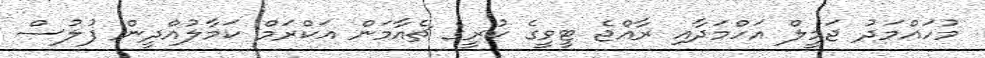
މުހައްމަދު ޖަމީލް އަހްމަދާއި ރާއްޖެ ޓީވީގެ ކުރީގެ ޗެއާމަން އަކްރަމް ކަމާލުއްދީން ފުލުސް